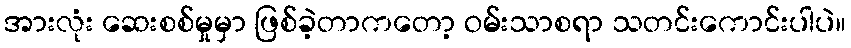
အားလုံး ဆေးစစ်မှုမှာ ဖြစ်ခဲ့တာကတော့ ဝမ်းသာစရာ သတင်းကောင်းပါပဲ။